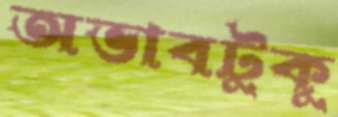
অভাবটুকু